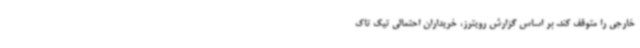
خارجی را متوقف کند. بر اساس گزارش رویترز، خریداران احتمالی تیک تاک